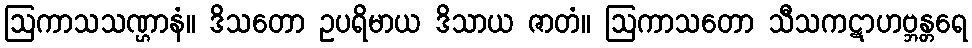
ဩကာသသဏ္ဌာနံ။ ဒိသတော ဥပရိမာယ ဒိသာယ ဇာတံ။ ဩကာသတော သီသကဋာဟဗ္ဘန္တရေ